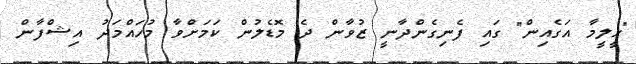
"ހީލީމާ އަގެއިން" ގައި ފެނިގެންދާނީ ޒުވާން ދެ މޮޑެލުން ކަމަށްވާ މުހައްމަދު އިޝްފާން